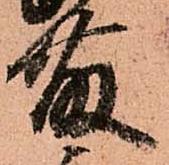
藤